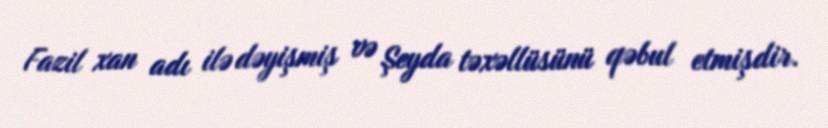
Fazil xan adı ilə dəyişmiş və Şeyda təxəllüsünü qəbul etmişdir.